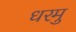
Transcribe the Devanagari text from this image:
धरमु